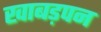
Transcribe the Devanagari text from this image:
खाबड़पन